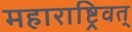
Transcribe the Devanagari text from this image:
महाराष्ट्रिवत्